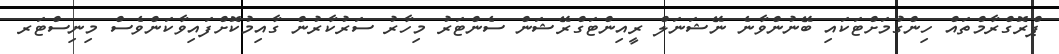
ޕްރޮގްރާމްތައް ހިންގުމަށްޓަކައި ބޭނުންވާނެ ނޭޝަނަލް ރީއިންޓަގްރޭޝަން ސެންޓަރު މިހާރު ސަރުކާރުން ގާއިމުކޮށްފައިވާކަންވެސް މިނިސްޓަރ